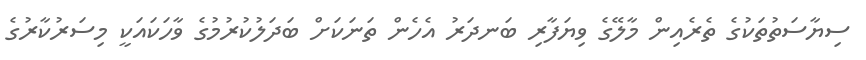
ސިޔާސަތުތަކުގެ ތެރެއިން މާލޭގެ ވިޔަފާރި ބަނދަރު އެހެން ތަނަކަށް ބަދަލުކުރުމުގެ ވާހަކައަކީ މިސަރުކާރުގެ